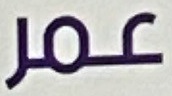
عمر